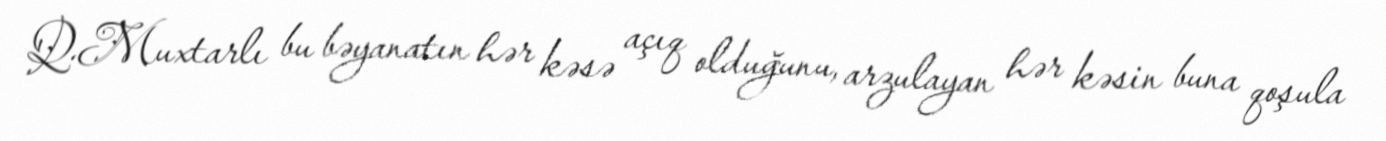
Q.Muxtarlı bu bəyanatın hər kəsə açıq olduğunu, arzulayan hər kəsin buna qoşula